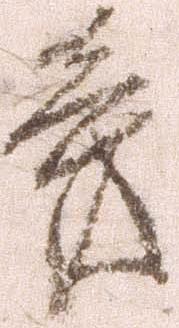
旁